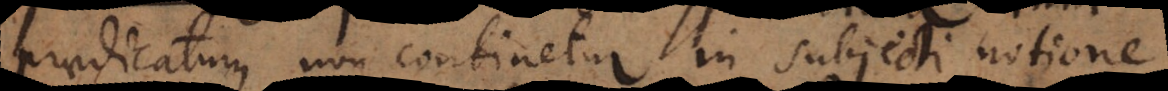
praedicatum non continetur in subjecti notione